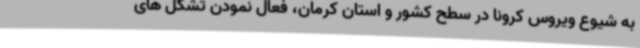
به شیوع ویروس کرونا در سطح کشور و استان کرمان، فعال نمودن تشکل های